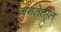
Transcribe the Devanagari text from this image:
जनतेतील